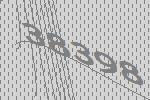
38398